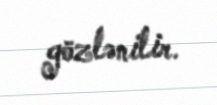
gözlənilir.